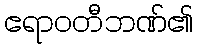
ဧရာဝတီဘဏ်၏